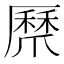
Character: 𭶸